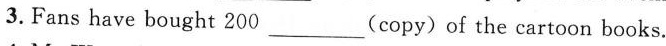
3.Fans have bought 200 ___ (copy) of the cartoon books.